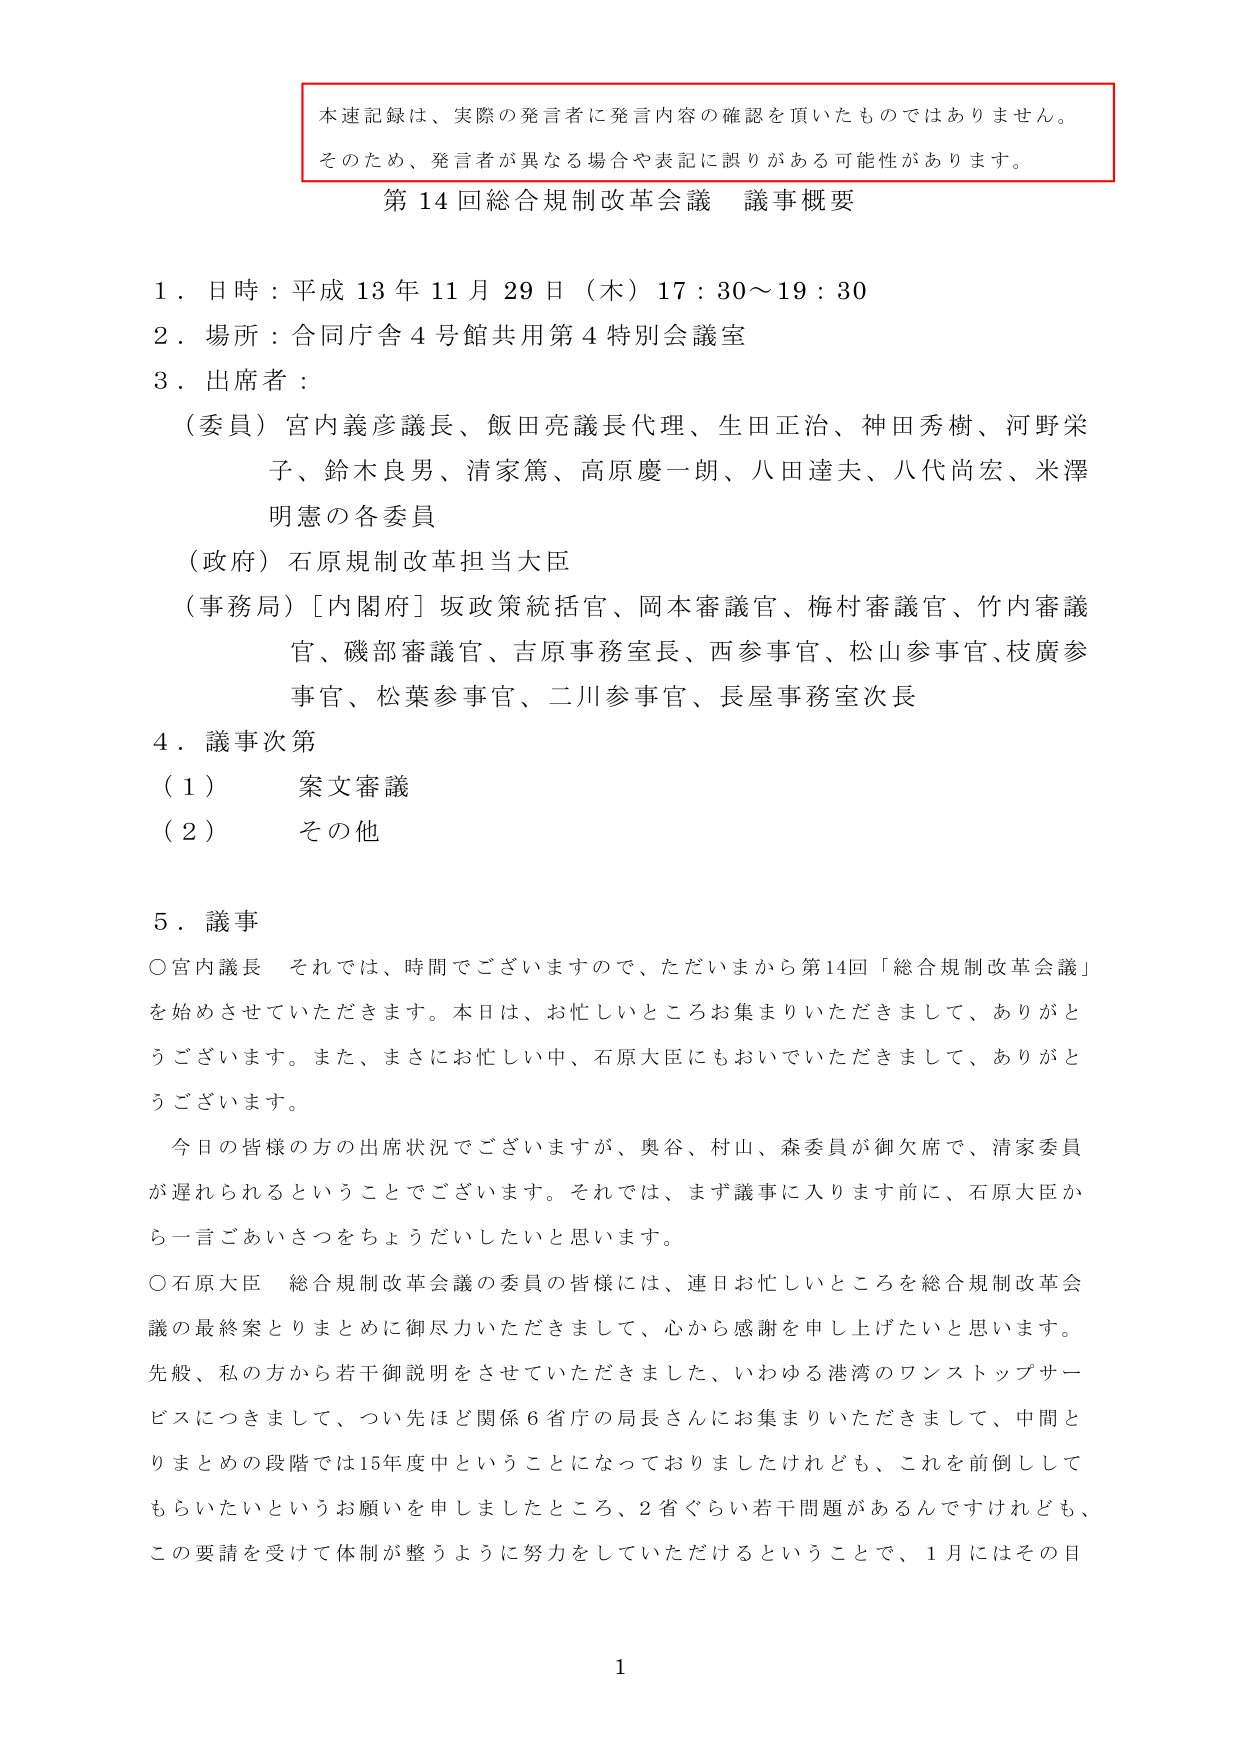
本速記録は、実際の発言者に発言内容の確認を頂いたものではありません。
そのため、発言者が異なる場合や表記に誤りがある可能性があります。
第14回総合規制改革会議 議事概要
1．日時：平成13年11月29日（木）17：30～19：30
2．場所：合同庁舎4号館共用第4特別会議室
3．出席者：
（委員）宮内義彦議長、飯田亮議長代理、生田正治、神田秀樹、河野栄子、鈴木良男、清家篤、高原慶一朗、八田達夫、八代尚宏、米澤明憲の各委員
（政府）石原規制改革担当大臣
（事務局）［内閣府］坂政策統括官、岡本審議官、梅村審議官、竹内審議官、磯部審議官、吉原事務室長、西参事官、松山参事官、枝廣参事官、松葉参事官、二川参事官、長屋事務室次長
4．議事次第
（1） 案文審議
（2） その他
5．議事
○宮内議長 それでは、時間でございますので、ただいまから第14回「総合規制改革会議」を始めさせていただきます。本日は、お忙しいところお集まりいただきまして、ありがとうございます。また、まさにお忙しい中、石原大臣にもおいでいただきまして、ありがとうございます。
今日の皆様の方の出席状況でございますが、奥谷、村山、森委員が御欠席で、清家委員が遅れられるということでございます。それでは、まず議事に入ります前に、石原大臣から一言ごあいさつをちょうだいしたいと思います。
○石原大臣 総合規制改革会議の委員の皆様には、連日お忙しいところを総合規制改革会議の最終案とりまとめに御尽力いただきまして、心から感謝を申し上げたいと思います。先般、私の方から若干御説明をさせていただきました、いわゆる港湾のワンストップサービスにつきまして、つい先ほど関係6省庁の局長さんにお集まりいただきまして、中間とりまとめの段階では15年度中ということになっておりましたけれども、これを前倒ししてもらいたいというお願いを申しましたところ、2省ぐらい若干問題があるんですけれども、この要請を受けて体制が整うように努力をしていただけるということで、1月にはその目
1